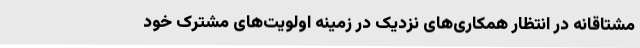
مشتاقانه در انتظار همکاری‌های نزدیک در زمینه اولویت‌های مشترک خود